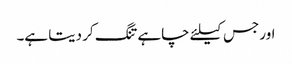
اور جس کیلئے چاہے تنگ کر دیتا ہے۔